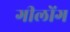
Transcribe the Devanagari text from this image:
गीलोंग